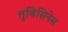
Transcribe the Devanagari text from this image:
तुबिसिनेस